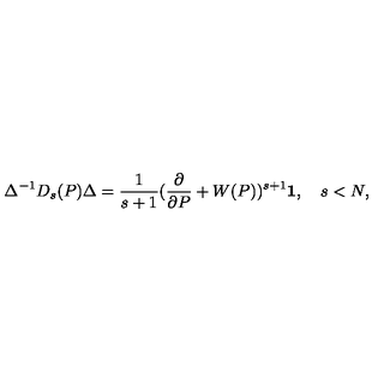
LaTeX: \Delta ^ { - 1 } D _ { s } ( P ) \Delta = \frac { 1 } { s + 1 } ( \frac { \partial } { \partial P } + W ( P ) ) ^ { s + 1 } { \bf 1 } , \quad s < N ,